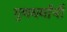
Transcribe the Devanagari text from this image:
गुणधर्मांनी